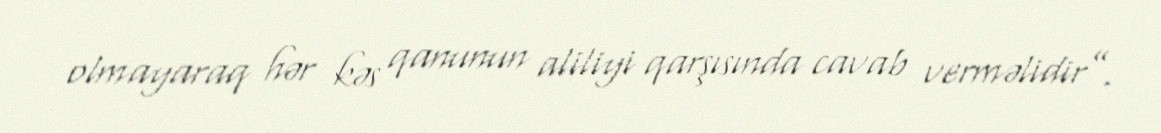
olmayaraq hər kəs qanunun aliliyi qarşısında cavab verməlidir”.